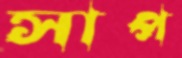
সাপ